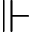
\Vdash